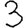
Digit: 3